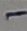
Text: -